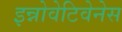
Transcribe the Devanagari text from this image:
इन्नोवेटिवेनेस